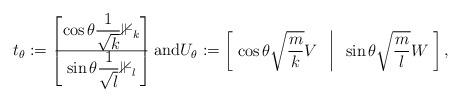
LaTeX: \begin{align*} t_\theta:= \begin{bmatrix} \cos\theta \dfrac{1}{\sqrt{k}} \mathbb{1}_k \\ \hline \sin \theta \dfrac{1}{\sqrt{l}}\mathbb{1}_l \end{bmatrix}\mbox{and} U_\theta:= \begin{bmatrix} \; \cos\theta \sqrt{\dfrac{m}{k}} V & \vline & \sin \theta \sqrt{\dfrac{m}{l}} W \; \end{bmatrix},\end{align*}